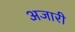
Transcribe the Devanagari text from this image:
अजारी